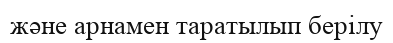
және арнамен таратылып берілу